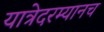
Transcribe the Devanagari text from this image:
यात्रेदरम्यानच